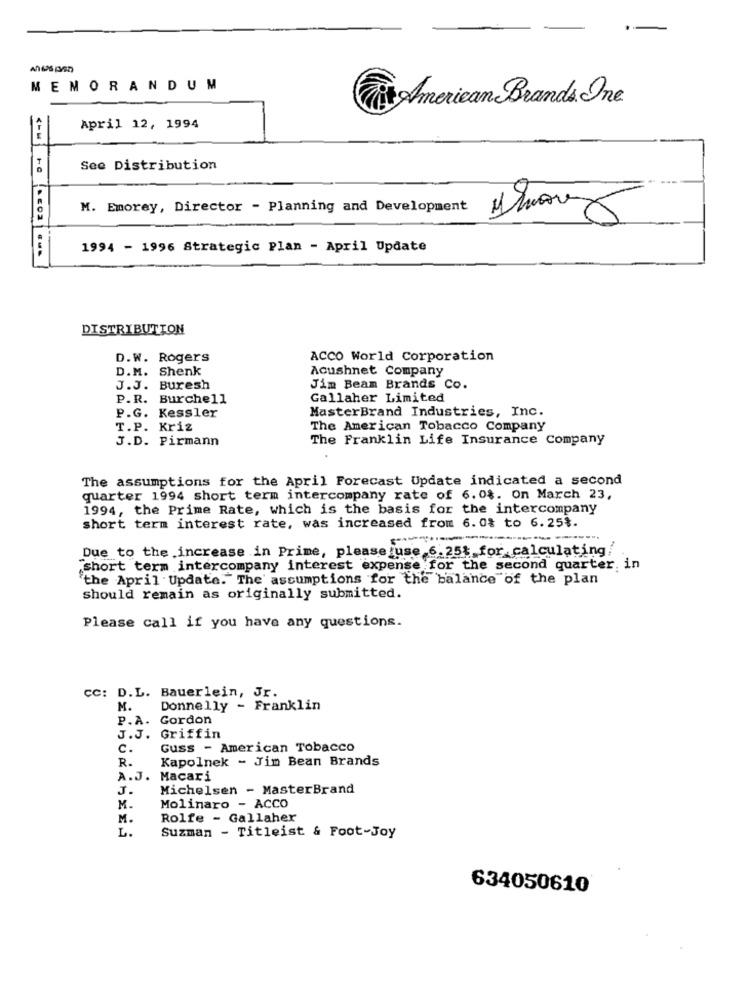
MEMORANDUM
Tit American Brands. One
April 12, 1994
See Distribution
M. Emorey, Director - Planning and Development
1994 - 1996 Strategic Plan - April Update
DISTRIBUTION
D.W. Rogers
ACCO World Corporation
D.M. Shenk
Acushnet Company
J.J. Buresh
Jim Beam Brands Co.
P.R. Burchell
Gallaher Limited
P.G. Kessler
MasterBrand Industries, Inc.
T.P. Kriz
The American Tobacco Company
J.D. Pirmann
The Franklin Life Insurance Company
The assumptions for the April Forecast Update indicated a second
quarter 1994 short term intercompany rate of 6.0$. On March 23,
1994, the Prime Rate, which is the basis for the intercompany
short term interest rate, was increased from 6. 0% to 6.25%.
--
Due to the increase in Prime, please use 6.25% for calculating!
Short term intercompany interest expense for the second quarter, in
"the April Update. The' assumptions for the balance of the plan
should remain as originally submitted.
Please call if you have any questions.
CC: D.L. Bauerlein, Jr.
M.
Donnelly - Franklin
P.A. Gordon
J.J. Griffin
c.
Guss - American Tobacco
R.
Kapolnek - Jim Bean Brands
A.J. Macari
J.
Michelsen - MasterBrand
M.
Molinaro - ACCO
M.
Rolfe - Gallaher
L.
Suzman - Titleist & Foot-Joy
634050610